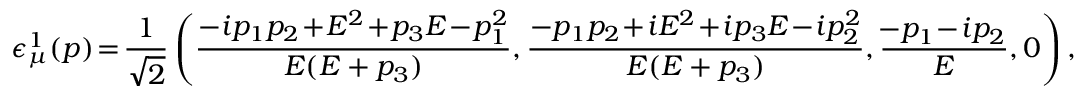
\epsilon _ { \mu } ^ { 1 } ( p ) \! = \! { \frac { 1 } { \sqrt { 2 } } } \left( { \frac { - i p _ { 1 } p _ { 2 } \! + \! E ^ { 2 } \! + \! p _ { 3 } E \! - \! p _ { 1 } ^ { 2 } } { E ( E + p _ { 3 } ) } } , { \frac { - p _ { 1 } p _ { 2 } \! + \! i E ^ { 2 } \! + \! i p _ { 3 } E \! - \! i p _ { 2 } ^ { 2 } } { E ( E + p _ { 3 } ) } } , { \frac { \! - p _ { 1 } \! - \! i p _ { 2 } } { E } } , 0 \right) ,